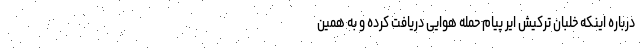
درباره اینکه خلبان ترکیش ایر پیام حمله هوایی دریافت کرده و به همین